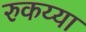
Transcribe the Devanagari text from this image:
रुकय्या